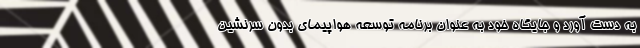
به دست آورد و جایگاه خود به عنوان برنامه توسعه هواپیمای بدون سرنشین